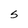
Character: S